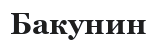
Бакунин